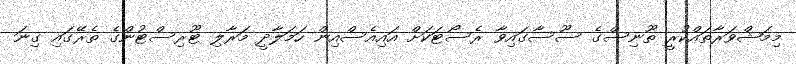
މިމަޝްވަރާތައްކުރީ ތޫނިސްގެ ސޫސާގައިވާ ރެސޯޓަކަށް އައިއެސްއިން ހަމަލާދީ މަރާލި ޓޫރިސްޓުންގެ ތެރޭގައި ގިނަ